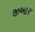
જીઆર